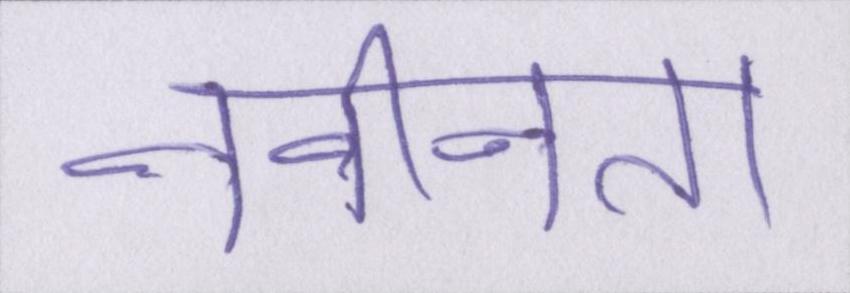
नवीनता